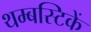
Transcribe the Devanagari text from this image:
थम्बस्टिकें